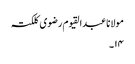
مولانا عبدالقیوم رضوی کلکتہ
۱۴۔